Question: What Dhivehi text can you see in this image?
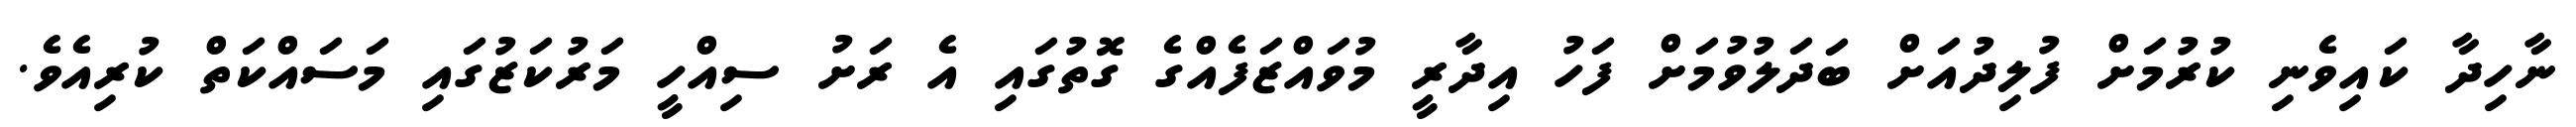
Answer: ނާހިދާ ކައިވެނި ކުރުމަށް ފުލިދުއަށް ބަދަލުވުމަށް ފަހު އިދާރީ މުވައްޒަފެއްގެ ގޮތުގައި އެ ރަށު ސިއްހީ މަރުކަޒުގައި މަސައްކަތް ކުރިއެވެ.